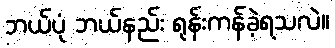
ဘယ်ပုံ ဘယ်နည်း ရုန်းကန်ခဲ့ရသလဲ။